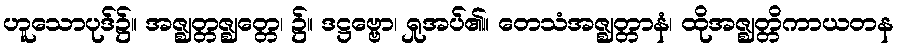
ဟူသောပုဒ်၌။ အဇ္ဈတ္တဇ္ဈတ္တေ၊ ၌။ ဒဋ္ဌဗ္ဗော၊ ရှုအပ်၏။ တေသံအဇ္ဈတ္တာနံ၊ ထိုအဇ္ဈတ္တိကာယတန